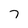
Character: 7